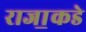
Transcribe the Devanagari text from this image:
राजा॒कडे